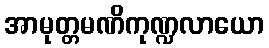
အာမုတ္တမဏိကုဏ္ဍလာယော